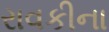
રાવકીના